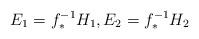
LaTeX: \begin{align*} E_1 = f_*^{-1}H_1, E_2 = f_*^{-1}H_2\end{align*}